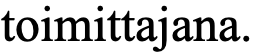
toimittajana.